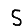
Digit: 5